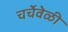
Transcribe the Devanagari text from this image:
चर्चेवेळी